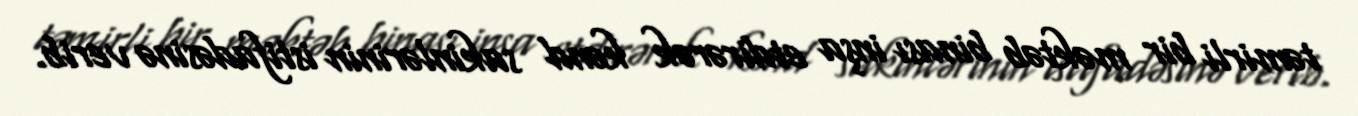
təmirli bir məktəb binası inşa etdirərək kənd sakinlərinin istifadəsinə verib.